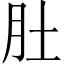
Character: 肚